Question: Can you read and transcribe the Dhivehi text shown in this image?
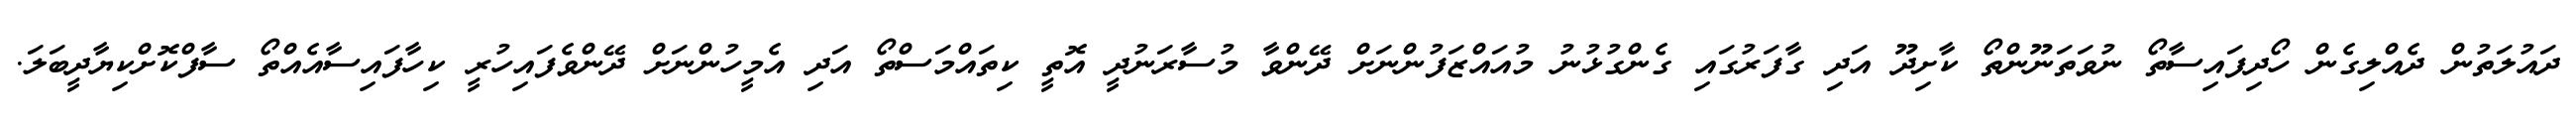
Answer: ދައުލަތުން ދެއްލިގެން ހޯދިފައިސާތޯ ނުވަތަނޫންތޯ ކާށިދޫ އަދި ގާފަރުގައި ގެންގުޅުނު މުއައްޒަފުންނަށް ދޭންވާ މުސާރަނުދީ އޮތީ ކިތައްމަސްތޯ އަދި އެމީހުންނަށް ދޭންވެފައިހުރީ ކިހާފައިސާއެއްތޯ ސާފްކޮށްކިޔާދީބަލަ.